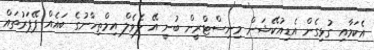
އެކަމާއި ގުޅިގެން އެޑިއުކޭޝަން މިނިސްޓްރީން ބުނީ އޭ ލެވެލް އިމްތިހާނުގެ ބައެއް ޕޭޕަރުތައް